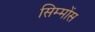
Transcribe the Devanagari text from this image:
सिम्मोंस